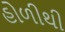
હોળીથી